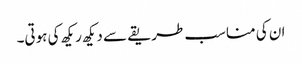
ان کی مناسب طریقے سے دیکھ ریکھ کی ہوتی۔